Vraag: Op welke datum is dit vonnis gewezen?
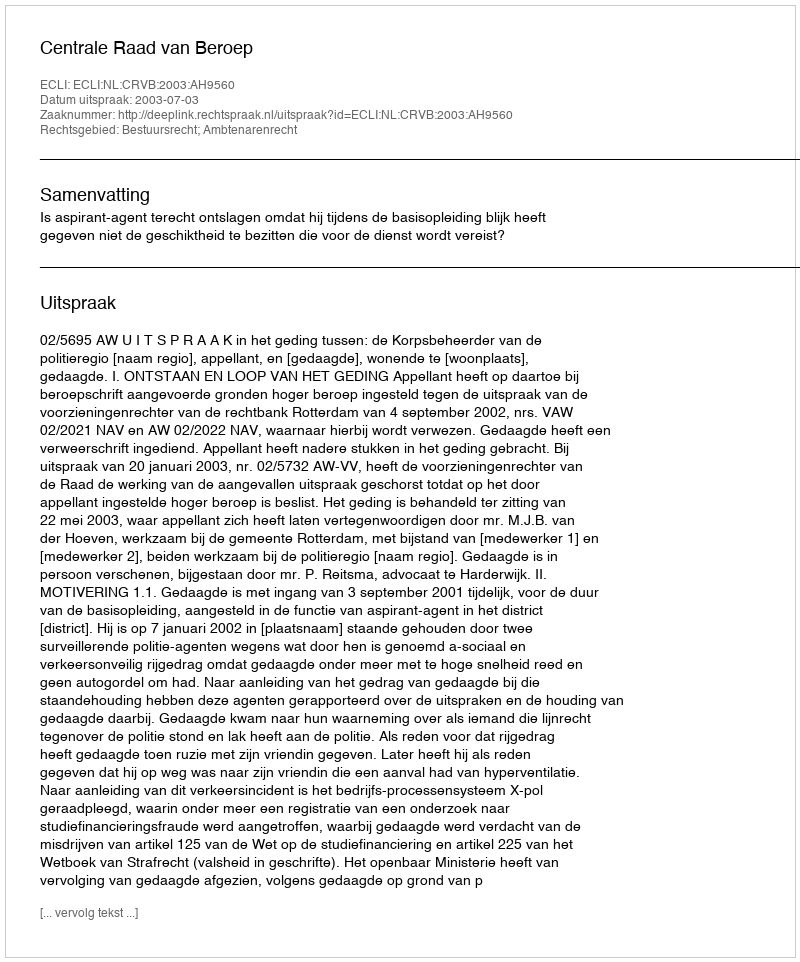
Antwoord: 2003-07-03